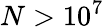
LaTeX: N>10^{7}